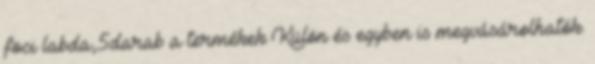
foci labda,5darab a termékek Külön és egyben is megvásárolhatók.